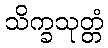
သိက္ခသုတ္တံ